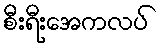
စီးရီးအေကလပ်